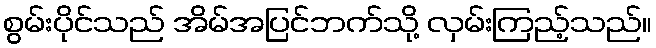
စွမ်းပိုင်သည် အိမ်အပြင်ဘက်သို့ လှမ်းကြည့်သည်။